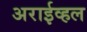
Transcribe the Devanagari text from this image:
अराईव्हल